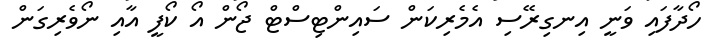
ހޯދާފައި ވަނީ އިނގިރޭސި އެމެރިކަން ސައިންޓިސްޓް ޖޯން އޯ ކޯފީ އާއި ނޯވެރިގަން